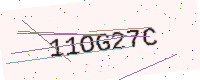
Text: 11OG27C